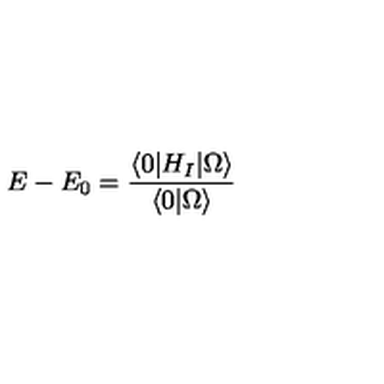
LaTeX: E - E _ { 0 } = \frac { \langle 0 | H _ { I } | \Omega \rangle } { \langle 0 | \Omega \rangle }